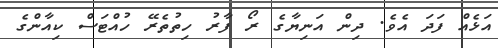
އަޅެއް ފަދަ އެވެ. ދިން އަނިޔާގެ ރޯ ފާރު ހިތުތެރޭ ހުއްޓަސް ކިއާންގެ